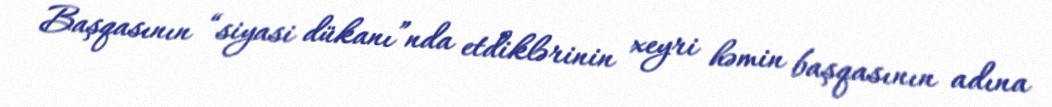
Başqasının “siyasi dükanı”nda etdiklərinin xeyri həmin başqasının adına